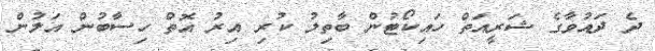
ދެ ދައުވާގެ ޝަރީއަތް ހައިކޯޓުން ބާތިލު ކުރި އިރު އޮތް ހިސާބުން އަލުން